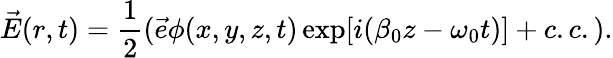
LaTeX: \vec{E}(r,t)=\frac{1}{2}(\vec{e}\phi(x,y,z,t)\exp[i(\beta_{0}z-\omega_{0}t)]+c.c.).